Calcutta medical institutions reports 1879-81 [i.e.91]
Year: 1879
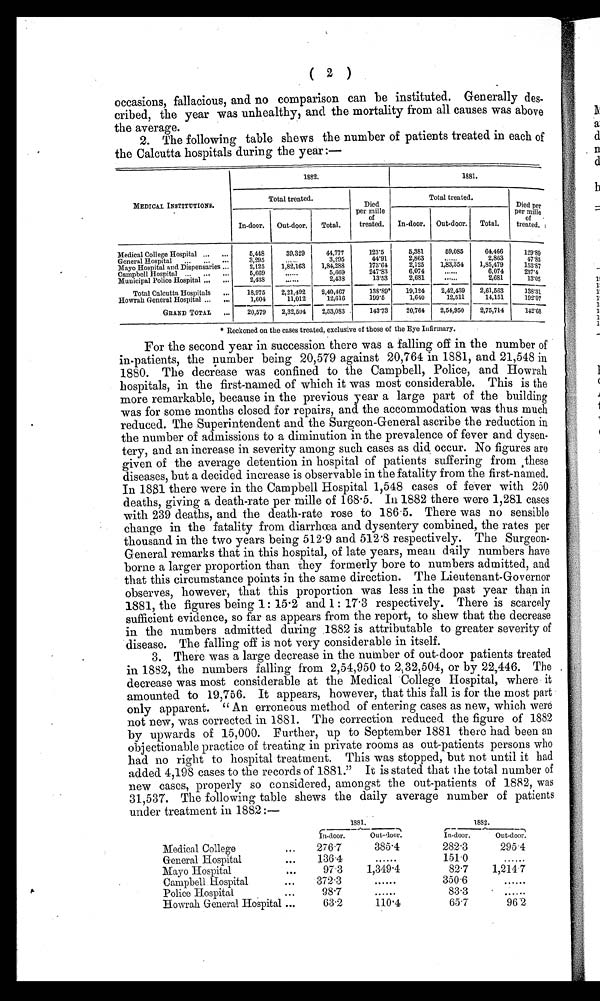
( 2 )
occasions, fallacious, and no comparison can be instituted. Generally des-
cribed, the year was unhealthy, and the mortality from all causes was above
the average.
2. The following table shews the number of patients treated in each of
the Calcutta hospitals during the year:—
MEDICAL INSTITUTIONS.
1882.
1881.
Total treated.
Died
per mille
of
treated.
Total treated.
Died per
per mille
of
treated.
In-door. Out-door. Tot al .
In-door. Out- d oor. Total.
Medical College Hospital ... ...
5,448
39,329
44,777
123.5
5,381
59,085
64,466
129.89
General Hospital... . . .
. . . 3,295
......
3,295
44.91
2,863
. . . . . . 2,863
47.85
Mayo Hospital and Dispensaries ...
2,125 1,82,163 1,84,288
173.61
2,125 1,83,354 1,85,479
153.87
Campbell Hospital ...
. . .
. . . 5,669
......
5,669
247.83
6,074
......
6,074
237. 4
Municipal Police Hospital ... ...
2,438
......
2,438
13.53
2,681
......
2,681
13.05
Total Calcutta Hospitals ... 18,975 2,21,492 2,40,467
138.89 19,124 2,42,439 2,61,563
138.31
Howrah General Hospital ... . . . 1,604
11,012
12,616
199.5
1,640
12,511
14,151
192.07
GRAND TOTAL ... 20,579 2,32,561 2,53,083
143.13 20,764 2,54,950 2,75,714
142.68
* Reckoned on the cases treated, exclusive of those of the Eye Infirmary.
For the second year in succession there was a falling off in the number of
in-patients, the number being 20,579 against 20,764 in 1881, and 21,548 in
1880. The decrease was confined to the Campbell, Police, and Howrah
hospitals, in the first-named of which it was most considerable. This is the
more remarkable, because in the previous year a large part of the building
was for some months closed for repairs, and the accommodation was thus much
reduced. The Superintendent and the Surgeon-General ascribe the reduction in
the number of admissions to a diminution in the prevalence of fever and dysen-
tery, and an increase in severity among such cases as did occur. No figures are
given of the average detention in hospital of patients suffering from these
diseases, but a decided increase is observable in the fatality from the first-named.
In 1881 there were in the Campbell Hospital 1,548 cases of fever with 250
deaths, giving a death-rate per mille of 168.5. In 1882 there were 1,281 cases
with 239 deaths, and the death-rate rose to 186.5. There was no sensible
change in the fatality from diarrhœa and dysentery combined, the rates per
thousand in the two years being 512.9 and 512.8 respectively. The Surgeon-
General remarks that in this hospital, of late years, mean daily numbers have
borne a larger proportion than they formerly bore to numbers admitted, and
that this circumstance points in the same direction. The Lieutenant-Governor
observes, however, that this proportion was less in the past year than in
1881, the figures being 1: 15.2 and 1 : 17.3 respectively. There is scarcely
sufficient evidence, so far as appears from the report, to shew that the decrease
in the numbers admitted during 1882 is attributable to greater severity of
disease. The falling off is not very considerable in itself.
3. There was a large decrease in the number of out-door patients treated
in 1882, the numbers falling from 2,54,950 to 2,32,504, or by 22,446. The
decrease was most considerable at the Medical College Hospital, where it
amounted. to 19,756. It appears, however, that this fall is for the most part
only apparent. "An erroneous method of entering cases as new, which were
not new, was corrected in 1881. The correction reduced the figure of 1882
by upwards of 15,000. Further, up to September 1881 there had been an
objectionable practice of treating in private rooms as out-patients persons who
had no right to hospital treatment. This was stopped, but not until it had
added 4,198 cases to the records of 1881." It is stated that the total number of
new cases, properly so considered, amongst the out-patients of 1882, was
31,537. The following table shews the daily average number of patients
under treatment in 1882 :—
1881.
1882.
In-door.
Out-door
.
In-door.
Out -door.
Medical College
. . .
276.7
385.4
282.3
295.4
General Hospital
. . .
136.4
......
151.0
......
Mayo Hospital
. . .
97.3
1,349.4
82.7
1,214.7
Campbell Hospital
. . .
372.3
......
350.6
......
Police Hospital
...
98.7
......
83.3
......
Howrah General Hospital ...
63.2
110.4
65.7
96.2